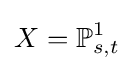
X=\mathbb {P} _{s,t}^{1}